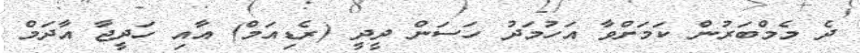
ދެ މެމްބަރުން ކަމަށްވާ އަހުމަދު ހަސަން ދީދީ (ރެޑިއަމް) އާއި ހަދީޖާ އާދަމް